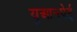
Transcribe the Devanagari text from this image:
युआनपेई